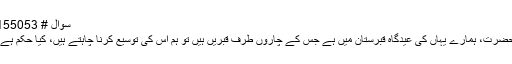
سوال # 155053
حضرت، ہمارے یہاں کی عیدگاہ قبرستان میں ہے جس کے چاروں طرف قبریں ہیں تو ہم اس کی توسیع کرنا چاہتے ہیں، کیا حکم ہے؟